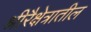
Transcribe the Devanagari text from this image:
श्रीरैक्षेत्रातील